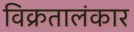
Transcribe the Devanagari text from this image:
विक्रतालंकार